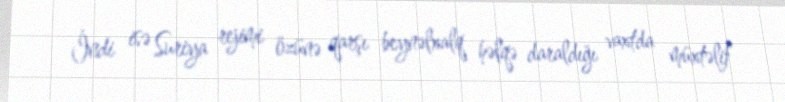
İndi isə Suriya rejimi özünə qarşı beynəlxalq həlqə daraldığı vaxtda müxtəlif